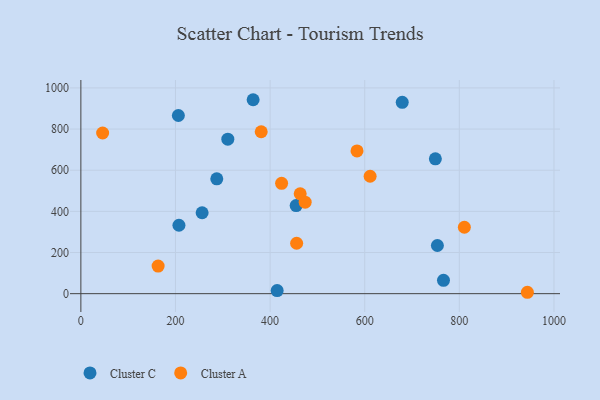
{"axis": {"x": "Engine Size", "y": "Profit"}, "legend": ["Cluster A", "Cluster C"], "data": [{"x": "455.1", "y": 428.3, "type": "Cluster C"}, {"x": "414.9", "y": 14.9, "type": "Cluster C"}, {"x": "753.6", "y": 234.1, "type": "Cluster C"}, {"x": "256.3", "y": 393.2, "type": "Cluster C"}, {"x": "207.3", "y": 332.5, "type": "Cluster C"}, {"x": "364.1", "y": 942.6, "type": "Cluster C"}, {"x": "766.5", "y": 65.0, "type": "Cluster C"}, {"x": "206.1", "y": 866.0, "type": "Cluster C"}, {"x": "287.3", "y": 558.4, "type": "Cluster C"}, {"x": "749.3", "y": 655.6, "type": "Cluster C"}, {"x": "310.6", "y": 751.1, "type": "Cluster C"}, {"x": "679.3", "y": 929.9, "type": "Cluster C"}, {"x": "456.1", "y": 245.0, "type": "Cluster A"}, {"x": "943.8", "y": 6.8, "type": "Cluster A"}, {"x": "463.6", "y": 485.7, "type": "Cluster A"}, {"x": "381.2", "y": 787.0, "type": "Cluster A"}, {"x": "46.0", "y": 780.8, "type": "Cluster A"}, {"x": "810.6", "y": 322.9, "type": "Cluster A"}, {"x": "611.4", "y": 570.6, "type": "Cluster A"}, {"x": "583.7", "y": 693.8, "type": "Cluster A"}, {"x": "474.1", "y": 444.5, "type": "Cluster A"}, {"x": "163.3", "y": 133.9, "type": "Cluster A"}, {"x": "424.3", "y": 536.5, "type": "Cluster A"}]}